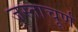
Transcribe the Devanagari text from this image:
जस्ताचूर्ण